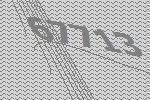
67713